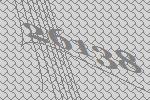
26138